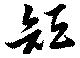
短